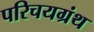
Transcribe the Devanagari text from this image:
परिचयग्रंथ